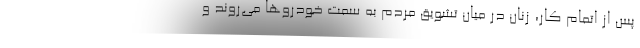
پس از اتمام کار، زنان در میان تشویق مردم به سمت خودروها می‌روند و